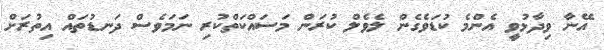
އޭނާ ވިދާޅުވީ އެންމެ ކުޑަވެގެން ލެވެލް ކުރަން މަސައްކަތްކުރި ނަމަވެސް ދަނޑުތައް އިތުރަށް